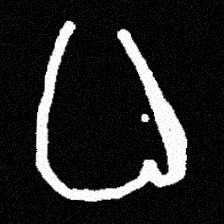
Pyu character \u2014 Myanmar letter: ဓ (romanized: dha)